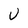
Character: U